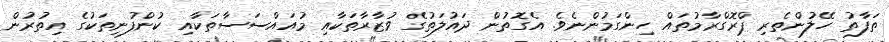
ތަފާތު ހޭލުންތެރި ޕްރޮގްރާމުތައް ހިންގަމުންނެވެ. އެގޮތުން ދައުލަތުގެ ވުޒާރާތަކާއި މުއައްސަސާތަކާއި ކުންފުނިތަކުގެ އިތުރުން